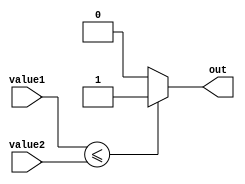
module less_than_equal_to_comparator(
    input [7:0] value1,
    input [7:0] value2,
    output reg out
);

always @(value1, value2)
begin
    if(value1 <= value2) 
        out <= 1;
    else 
        out <= 0;
end

endmodule